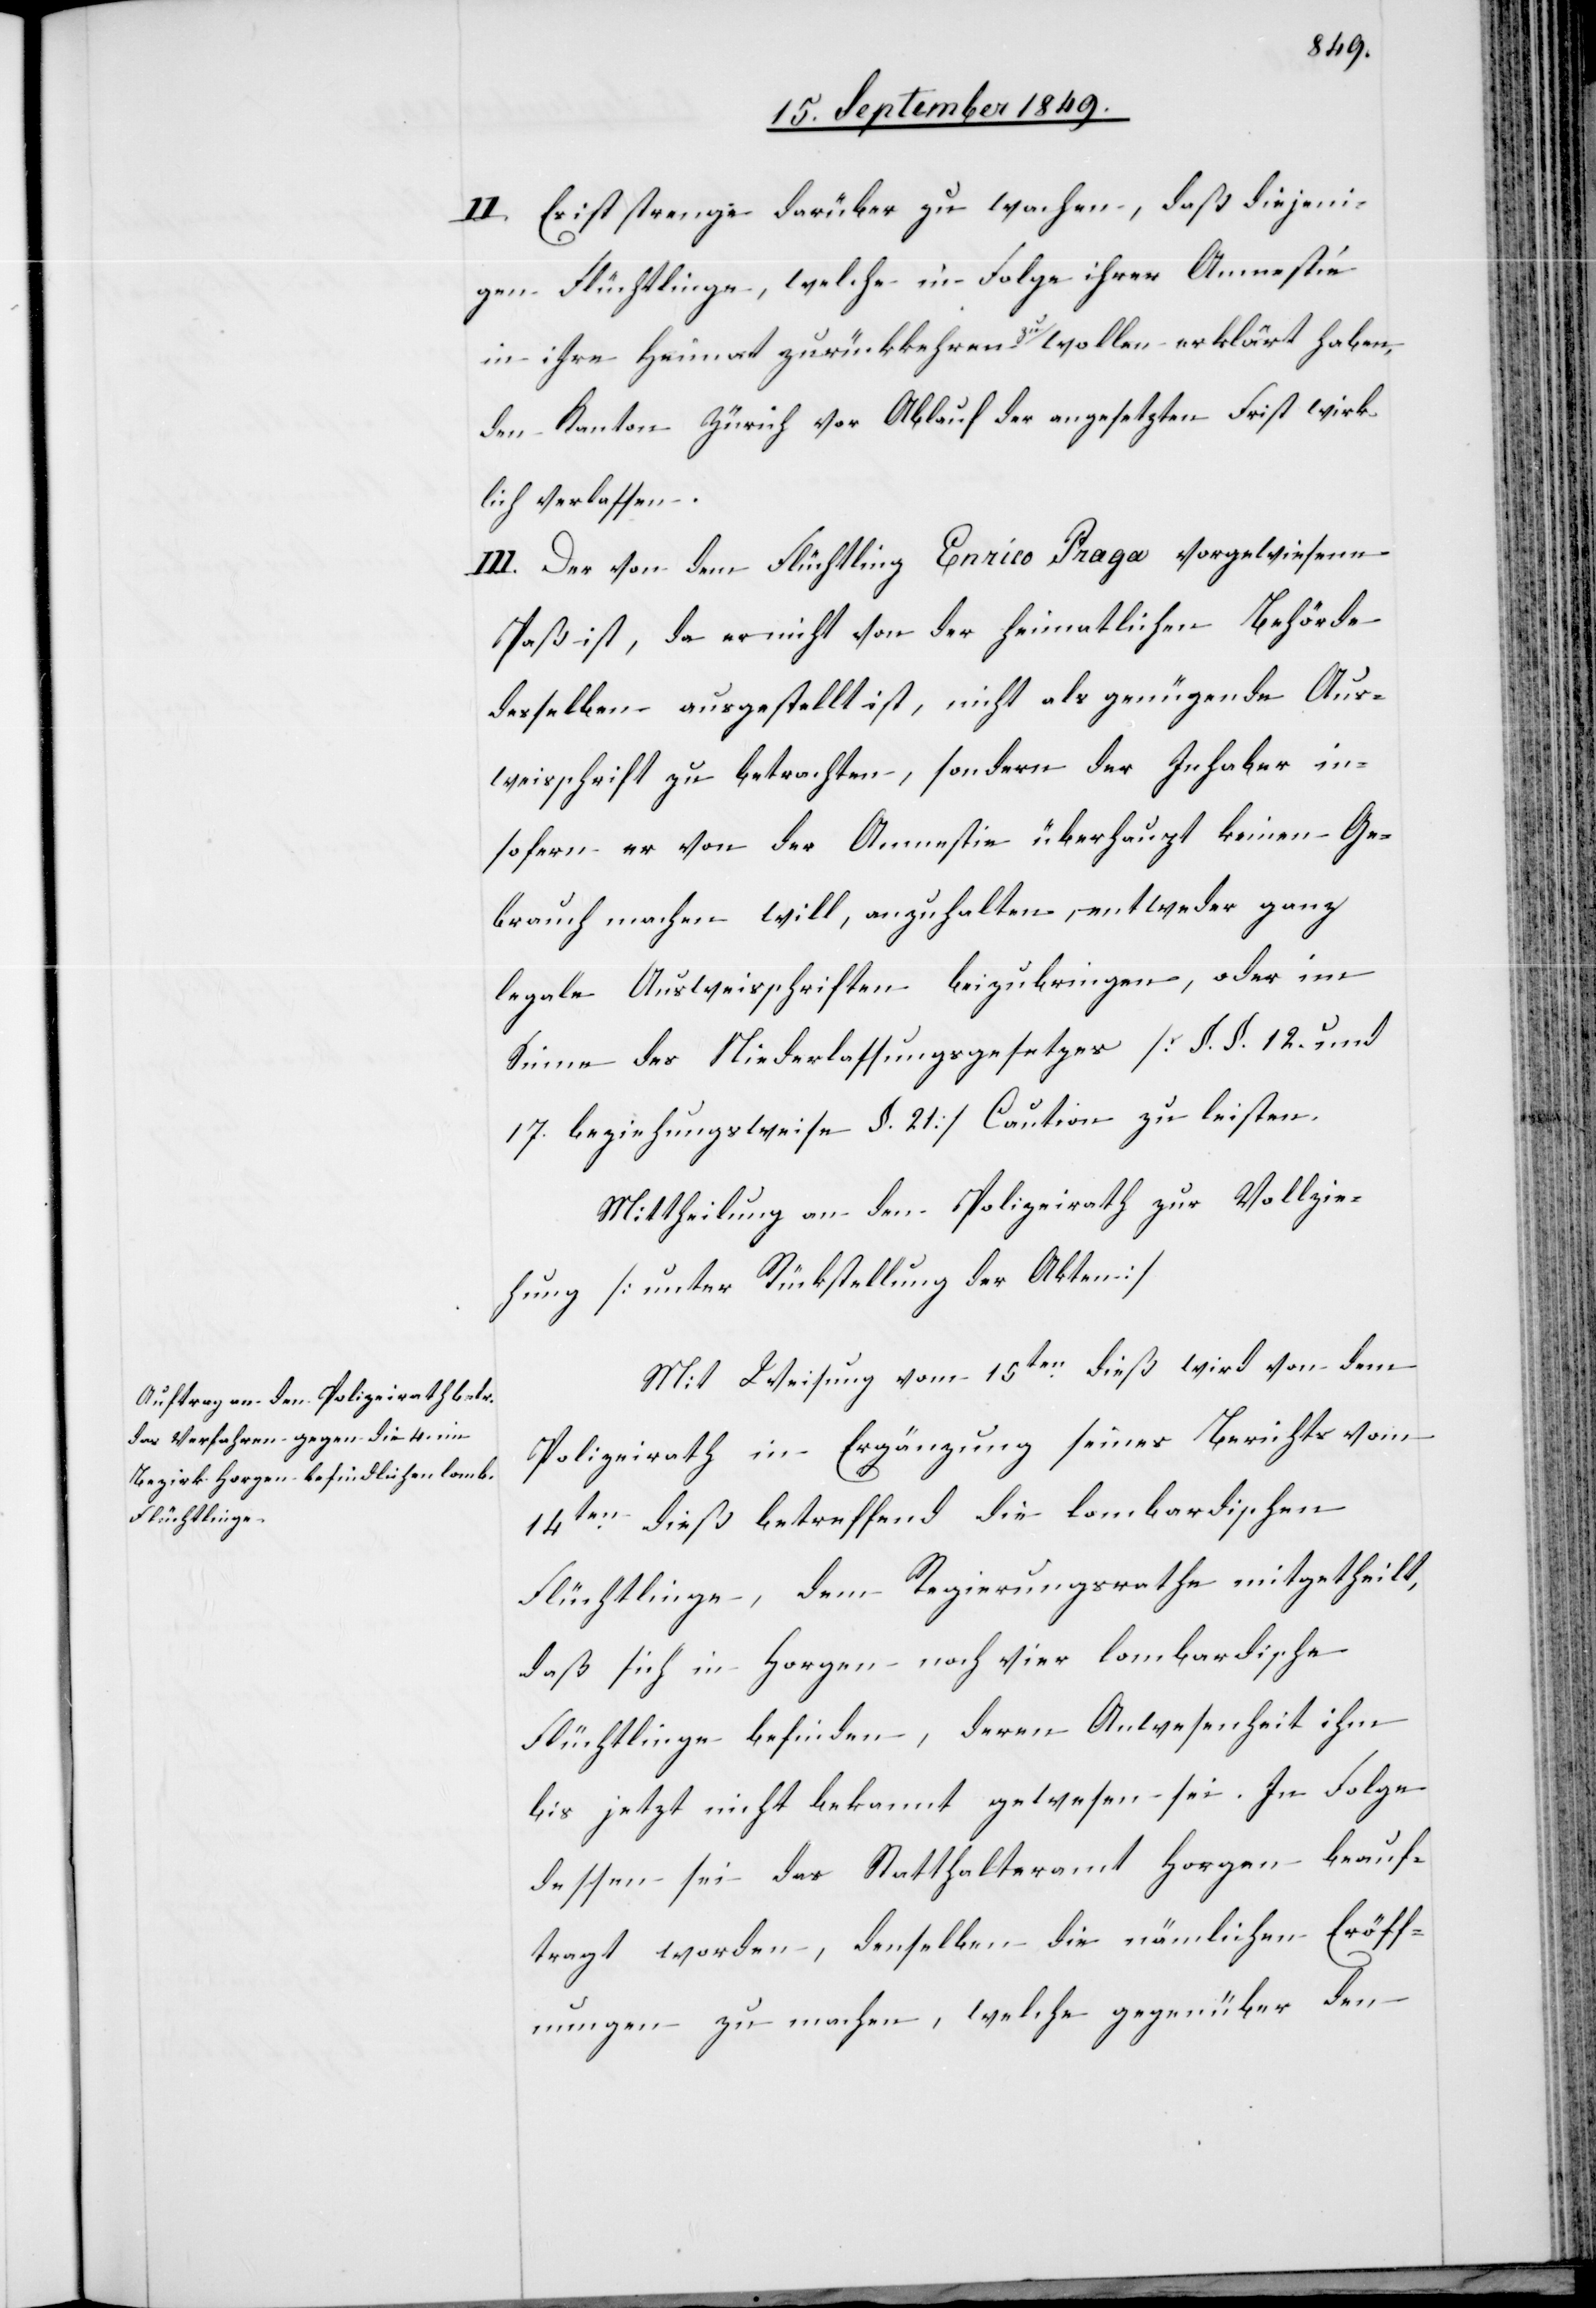
II. Es ist strenge darüber zu wachen, daß diejeni¬
gen Flüchtlinge, welche in Folge ihrer Amnestie
in ihre Heimat zurückkehren a-zu-a wollen erklärt haben,
den Kanton Zürich vor Ablauf der angesetzten Frist wirk¬
lich verlassen.
III. Der von dem Flüchtling Enrico Praga vorgewiesene
Paß ist, da er nicht von der heimatlichen Behörde
desselben ausgestellt ist, nicht als genügende Aus¬
weisschrift zu betrachten, sondern der Inhaber in¬
sofern er von der Amnestie überhaupt keinen Ge¬
brauch machen will, anzuhalten, entweder ganz
legale Ausweisschriften beizubringen, oder im
Sinne des Niederlassungsgesetzes [§. §. 12. und
17. beziehungsweise §. 21] Caution zu leisten.
Mittheilung an den Polizeirath zur Vollzie¬
hung [unter Rückstellung der Akten][.]
Mit Weisung vom 15ten dieß wird von dem
Polizeirath in Ergänzung seines Berichts vom
14ten dieß betreffend die lombardischen
Flüchtlinge, dem Regierungsrathe mitgetheilt,
daß sich in Horgen noch vier lombardische
Flüchtlinge befinden, deren Anwesenheit ihm
bis jetzt nicht bekannt gewesen sei. In Folge
dessen sei das Statthalteramt Horgen beauf¬
tragt worden, denselben die nämlichen Eröff¬
nungen zu machen, welche gegenüber den